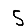
Digit: 5